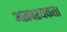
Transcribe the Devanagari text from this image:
असवश्यकता